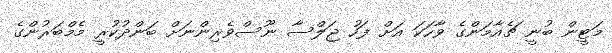
މަޓީން ބުނީ ޗެއާމަންގެ ވާހަކަ އަށް ފަހު ޖަލްސާ ނޫސްވެރިންނަށް ބަންދުކުރީ މެމްބަރުންގެ